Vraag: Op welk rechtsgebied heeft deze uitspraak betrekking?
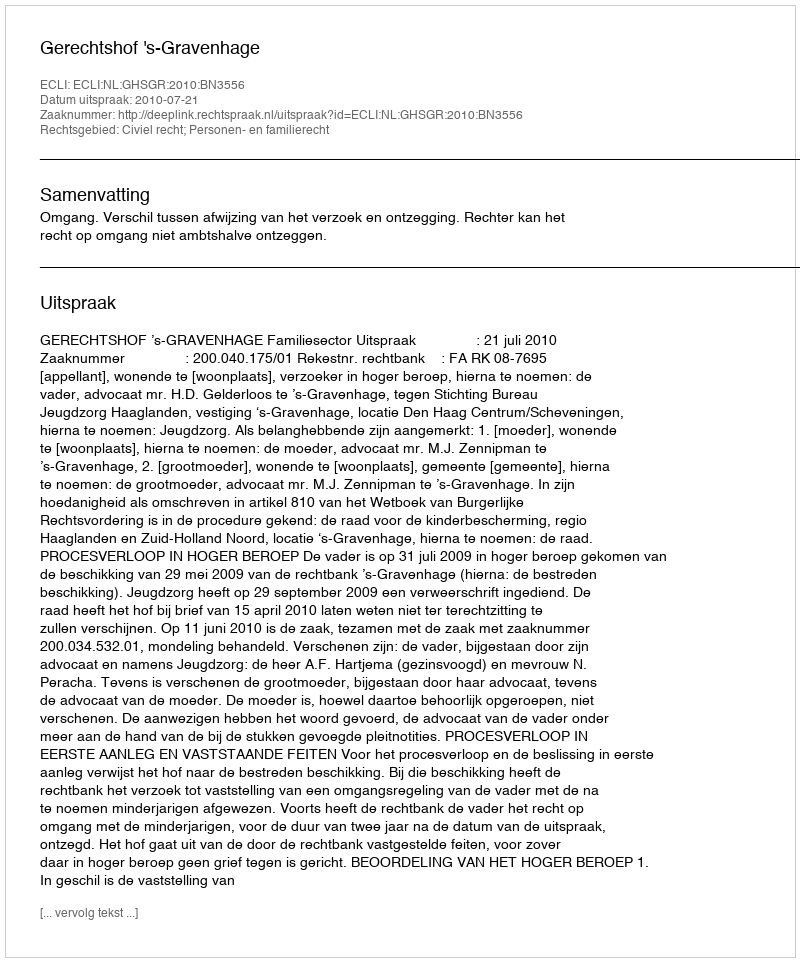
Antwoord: Civiel recht; Personen- en familierecht